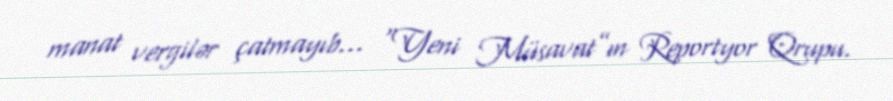
manat vergilər çatmayıb... “Yeni Müsavat”ın Reportyor Qrupu.